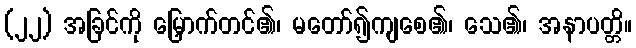
(၂၂) အခြင်ကို မြှောက်တင်၏၊ မတော်၍ကျစေ၏၊ သေ၏၊ အနာပတ္တိ။